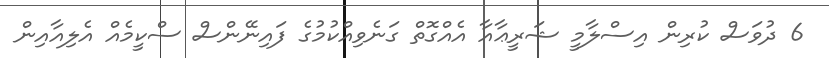
6 ދުވަަސް ކުރިން އިސްލާމީ ޝަރީޢާއާ އެއްގޮތް ގަނެވިއްކުމުގެ ފައިނޭންސް ސްކީމެއް އެލިއާއިން